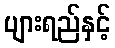
ပျားရည်နှင့်